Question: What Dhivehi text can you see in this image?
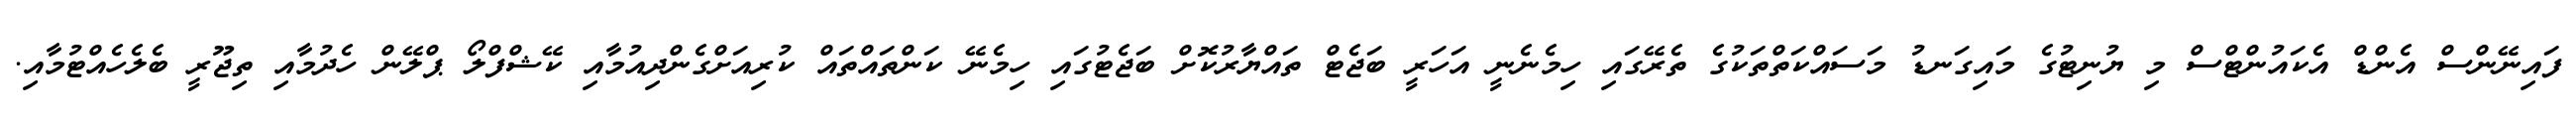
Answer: ފައިނޭންސް އެންޑް އެކައުންޓްސް މި ޔުނިޓުގެ މައިގަނޑު މަސައްކަތްތަކުގެ ތެރޭގައި ހިމެނެނީ އަހަރީ ބަޖެޓް ތައްޔާރުކޮށް ބަޖެޓުގައި ހިމެނޭ ކަންތައްތައް ކުރިއަށްގެންދިއުމާއި ކޭޝްފްލޯ ޕްލޭން ހެދުމާއި ތިޖޫރީ ބެލެހެއްޓުމާއި.